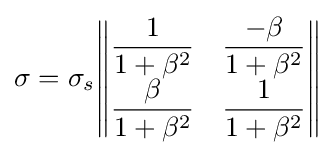
\sigma =\sigma _{s}{\begin{Vmatrix}{\dfrac {1}{1+\beta ^{2}}}&{\dfrac {-\beta }{1+\beta ^{2}}}\\{\dfrac {\beta }{1+\beta ^{2}}}&{\dfrac {1}{1+\beta ^{2}}}\end{Vmatrix}}